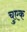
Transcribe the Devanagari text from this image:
चुएक